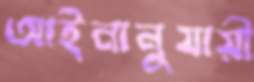
আইনানুযায়ী